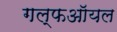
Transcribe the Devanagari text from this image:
गल्फऑयल